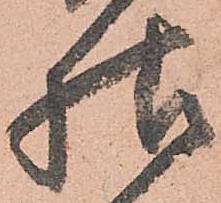
様